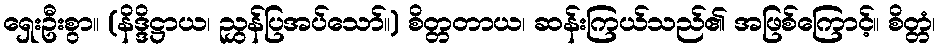
ရှေးဦးစွာ။ (နိဒ္ဒိဋ္ဌာယ၊ ညွှန်ပြအပ်သော်။) စိတ္တတာယ၊ ဆန်းကြယ်သည်၏ အဖြစ်ကြောင့်။ စိတ္တံ၊